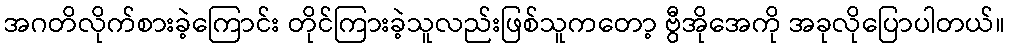
အဂတိလိုက်စားခဲ့ကြောင်း တိုင်ကြားခဲ့သူလည်းဖြစ်သူကတော့ ဗွီအိုအေကို အခုလိုပြောပါတယ်။